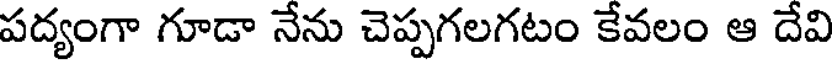
పద్యంగా గూడా నేను చెప్పగలగటం కేవలం ఆ దేవి